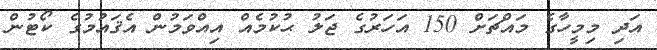
އަދި މިމީހާގެ މައްޗަށް 150 އަހަރުގެ ޖަލު ޙުކުމެއް އިއްވަމުން އެޤައުމުގެ ކޯޓުން